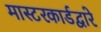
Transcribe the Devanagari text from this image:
मास्टरकार्डद्वारे